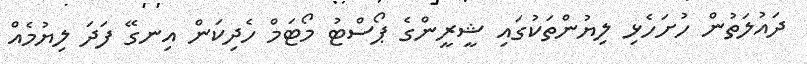
ދައުލަތުން ހުށަހެޅި ލިޔުންތަކުގައި ޝީރީންގެ ޕޯސްޓު މޯޓަމް ހެދިކަން އިނގޭ ފަދަ ލިޔުމެއް